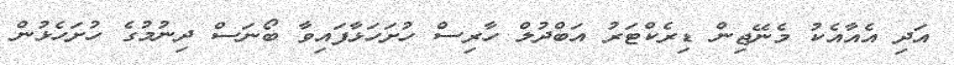
އަދި އެއާއެކު މެނޭޖިން ޑިރެކްޓަރު އަބްދުލް ހާރިސް ހުށަހަޅާފައިވާ ބޯނަސް ދިނުމުގެ ހުށަހެޅުން